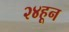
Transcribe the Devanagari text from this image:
२४हून